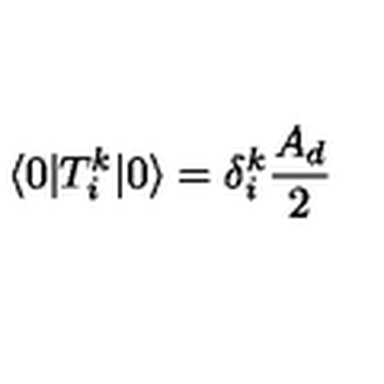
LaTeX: \langle 0 | T _ { i } ^ { k } | 0 \rangle = \delta _ { i } ^ { k } \frac { A _ { d } } { 2 }